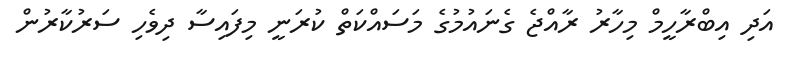
އަދި އިބްރާހީމް މިހާރު ރާއްޖެ ގެނައުމުގެ މަސައްކަތް ކުރަނީ މިފައިސާ ދިވެހި ސަރުކާރުން